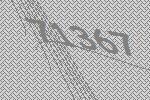
71367